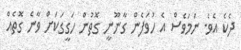
ދެކެ އެވެ. ނަމަވެސް އެ ހުވަފެން ގާނޫނީ ގޮތުން ހަގީގަކަށް ވާނެ ގޮތެއް